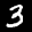
Label: 3